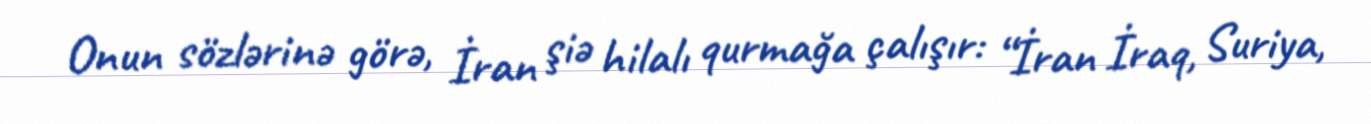
Onun sözlərinə görə, İran şiə hilalı qurmağa çalışır: “İran İraq, Suriya,